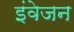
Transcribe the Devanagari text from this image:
इंवेजन